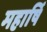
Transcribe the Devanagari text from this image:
महार्षि